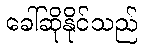
ခေါ်ဆိုနိုင်သည်